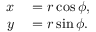
\begin{array} { r l } { x } & { { } = r \cos \phi , } \\ { y } & { { } = r \sin \phi . } \end{array}